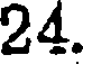
24.